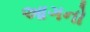
આગનો